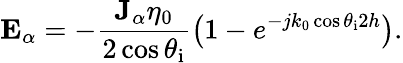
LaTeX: \mathbf{E}_{\alpha}=-\frac{\mathbf{J}_{\alpha}\eta_{0}}{2\cos\theta_{\mathrm{i}}}\left(1-e^{-jk_{0}\cos\theta_{\mathrm{i}}2h}\right).